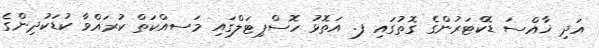
އަދި ޚާއްސަ ޑޮކްޓަރުންގެ ގޮތުގައި ފ. އަތޮޅު ހޮސްޕިޓަލްގައި މަސއްކަތް ކުރައްވާ ކުޑަކުދިންގެ